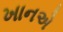
ખાનએ